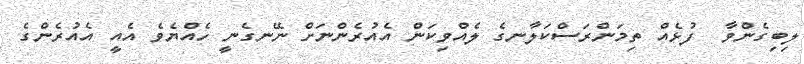
ލިބިގެންވާ  ފުޅެއް ތިމަންރަސްކަލާނގެ ލެއްވިކަން އެއުރެންނަށް ނޭނގެނީ ހެއްޔެވެ އެއީ އެއުރެންގެ